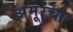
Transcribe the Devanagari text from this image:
अमूरचा